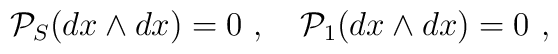
{\cal P}_S(dx\wedge dx)=0\ ,\quad {\cal P}_1(dx\wedge dx)=0 \  ,